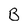
Character: B